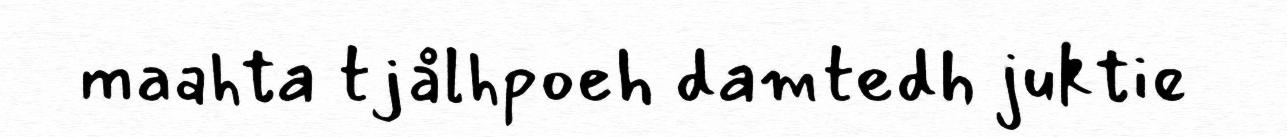
maahta tjålhpoeh damtedh juktie